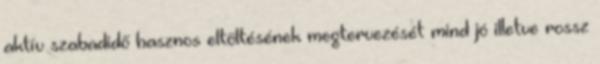
aktív szabadidő hasznos eltöltésének megtervezését mind jó illetve rossz